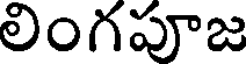
లింగపూజ